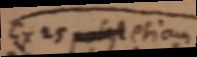
Ex 25 potest etiam